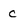
Character: C